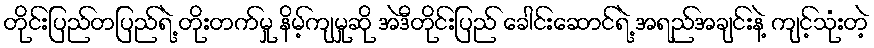
တိုင်းပြည်တပြည်ရဲ့ တိုးတက်မှု နိမ့်ကျမှုဆို အဲဒီတိုင်းပြည် ခေါင်းဆောင်ရဲ့ အရည်အချင်းနဲ့ ကျင့်သုံးတဲ့